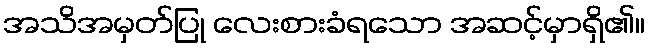
အသိအမှတ်ပြု လေးစားခံရသော အဆင့်မှာရှိ၏။